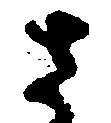
さ